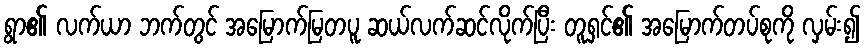
ရွာ၏ လက်ယာ ဘက်တွင် အမြောက်မြတပူ ဆယ်လက်ဆင်လိုက်ပြီး တူရှင်၏ အမြောက်တပ်စုကို လှမ်း၍